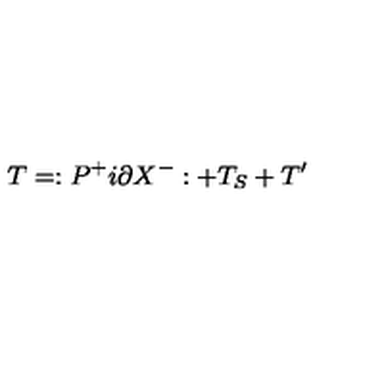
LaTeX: T = : P ^ { + } i \partial X ^ { - } : + T _ { S } + T ^ { \prime }